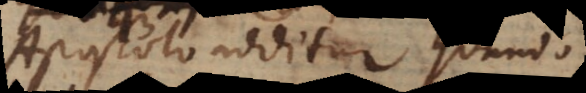
Apostolo additur, quando